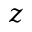
z